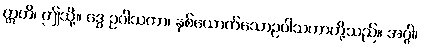
ဣတိ၊ ဤသို့။ ဒွေ ဥပါသကာ၊ နှစ်ယောက်သောဥပါသကာတို့သည်။ အဂ္ဂါ၊